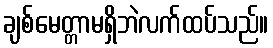
ချစ်မေတ္တာမရှိဘဲလက်ထပ်သည်။